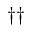
\dag \dag